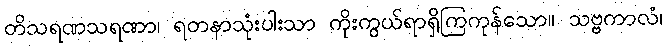
တိသရဏသရဏာ၊ ရတနာသုံးပါးသာ ကိုးကွယ်ရာရှိကြကုန်သော။ သဗ္ဗကာလံ၊